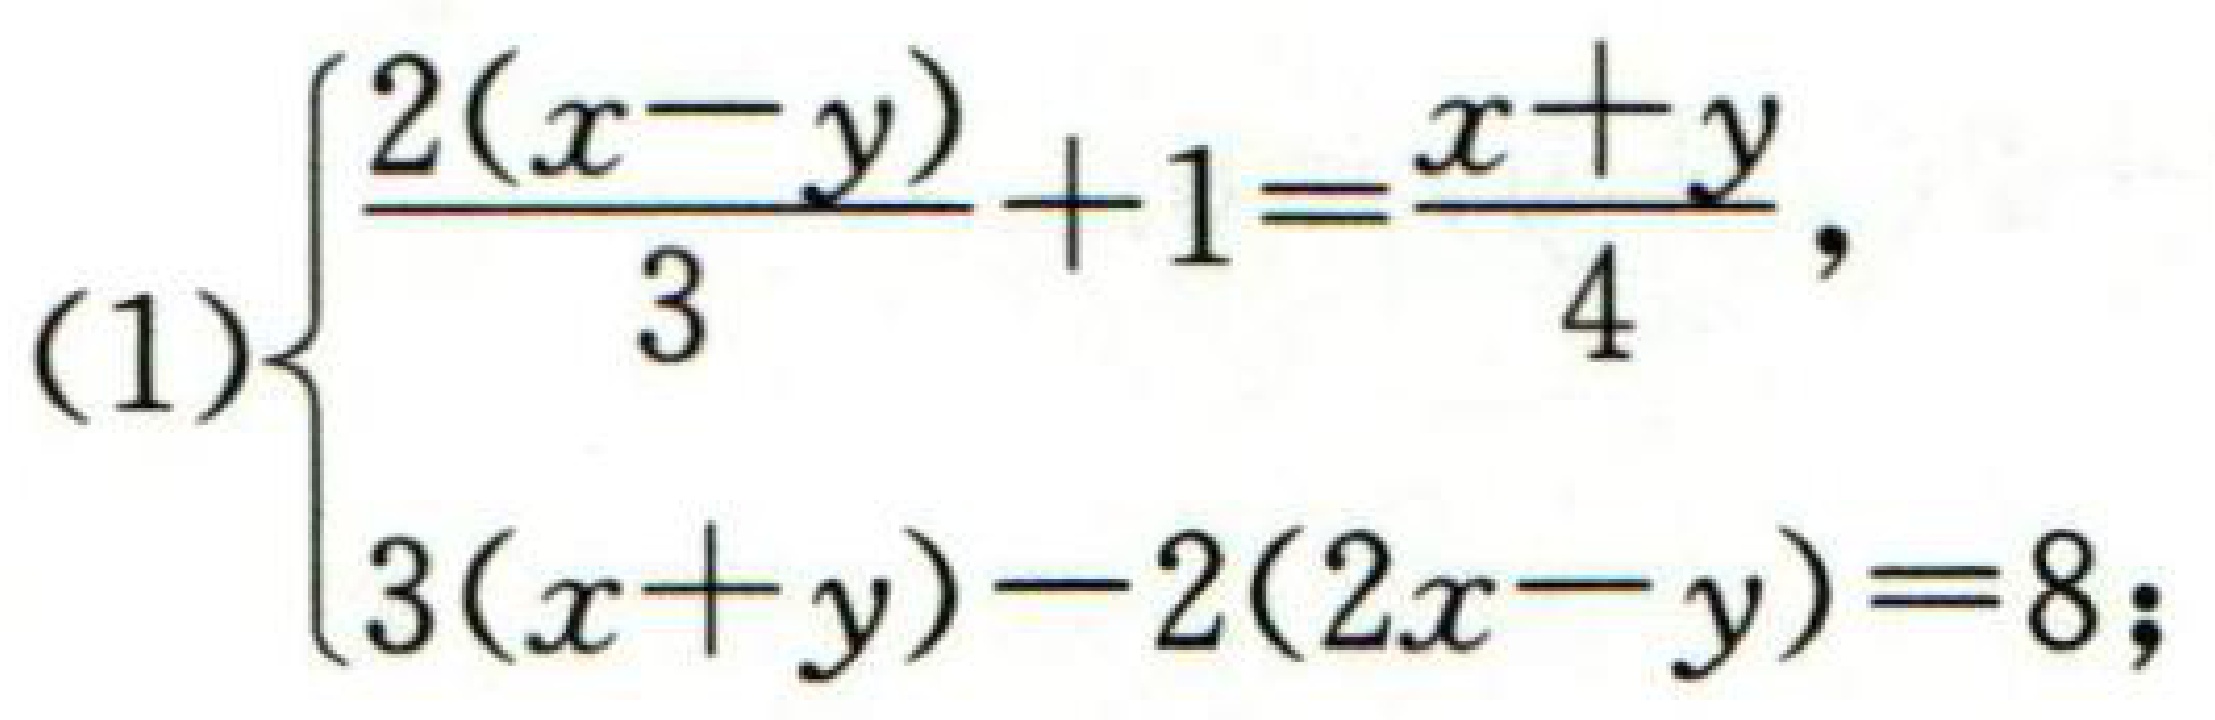
(1)$\begin{cases}

\frac{2(x - y)}{3}+1=\frac{x + y}{4},\\

3(x + y)-2(2x - y)=8;

\end{cases}$